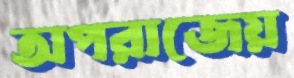
অপরাজেয়